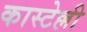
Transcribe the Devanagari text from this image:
कास्टेल्ली